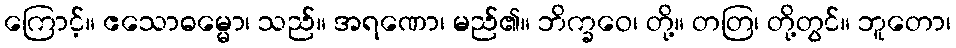
ကြောင့်။ ဧသောဓမ္မော၊ သည်။ အရဏော၊ မည်၏။ ဘိက္ခဝေ၊ တို့။ တတြ၊ တို့တွင်။ ဘူတော၊